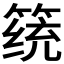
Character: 𱸔